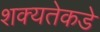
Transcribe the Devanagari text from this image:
शक्यतेकडे